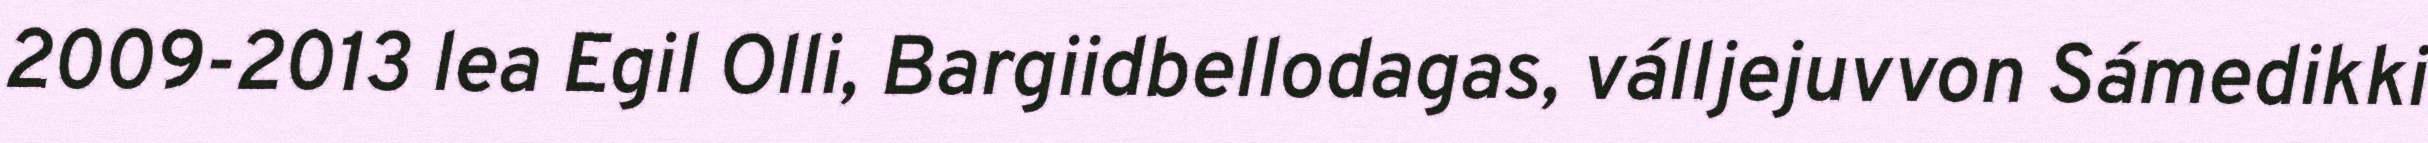
2009-2013 lea Egil Olli, Bargiidbellodagas, válljejuvvon Sámedikki